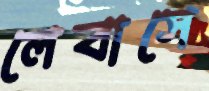
লেবাসে